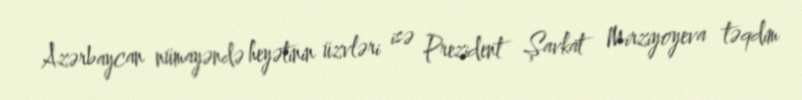
Azərbaycan nümayəndə heyətinin üzvləri isə Prezident Şavkat Mirziyoyeva təqdim